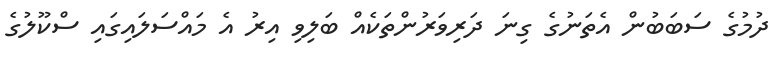
ދުމުގެ ސަބަބުން އެތަނުގެ ގިނަ ދަރިވަރުންތަކެއް ބަލިވި އިރު އެ މައްސަލައިގައި ސްކޫލުގެ